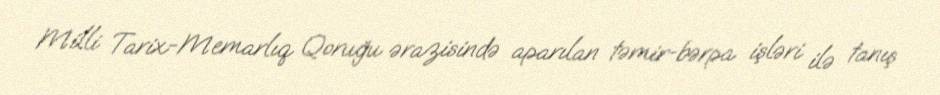
Milli Tarix-Memarlıq Qoruğu ərazisində aparılan təmir-bərpa işləri ilə tanış